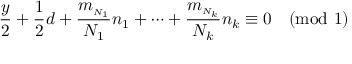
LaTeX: \frac { y } { 2 } + \frac { 1 } { 2 } d + \frac { m _ { \scriptscriptstyle { N _ { 1 } } } } { N _ { 1 } } n _ { 1 } + \cdots + \frac { m _ { \scriptscriptstyle { N _ { k } } } } { N _ { k } } n _ { k } \equiv 0 \pmod 1